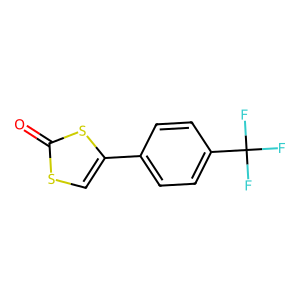
SMILES: O=c1scc(-c2ccc(C(F)(F)F)cc2)s1
Inhibits HIV replication: No